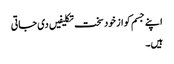
اپنے جسم کو از خود سخت تکلیفیں دی جاتی
ہیں۔